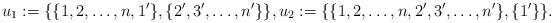
LaTeX: \begin{align*}u_1:=\{\{1,2,\ldots,n,1'\},\{2',3',\ldots,n'\}\},u_2:=\{\{1,2,\ldots,n,2',3',\ldots,n'\},\{1'\}\}.\end{align*}